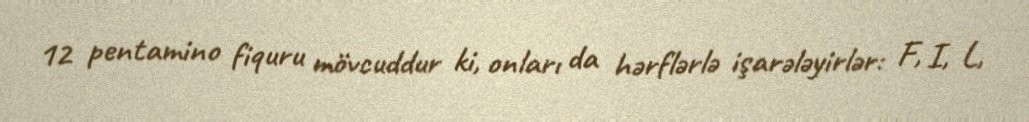
12 pentamino fiquru mövcuddur ki, onları da hərflərlə işarələyirlər: F, I, L,